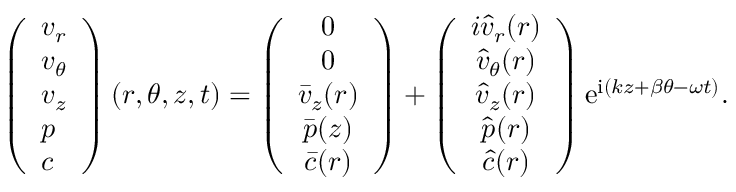
\left( \begin{array} { l } { v _ { r } } \\ { v _ { \theta } } \\ { v _ { z } } \\ { p } \\ { c } \end{array} \right) ( r , \theta , z , t ) = \left( \begin{array} { c } { 0 } \\ { 0 } \\ { \bar { v } _ { z } ( r ) } \\ { \bar { p } ( z ) } \\ { \bar { c } ( r ) } \end{array} \right) + \left( \begin{array} { c } { i \hat { v } _ { r } ( r ) } \\ { \hat { v } _ { \theta } ( r ) } \\ { \hat { v } _ { z } ( r ) } \\ { \hat { p } ( r ) } \\ { \hat { c } ( r ) } \end{array} \right) \mathrm { e } ^ { \mathrm { i } ( k z + \beta \theta - \omega t ) } .